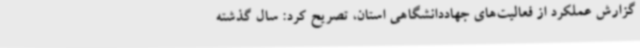
گزارش عملکرد از فعالیت‌های جهاددانشگاهی استان، تصریح کرد: سال گذشته